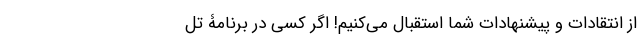
از انتقادات و پیشنهادات شما استقبال می‌کنیم! اگر کسی در برنامۀ تل